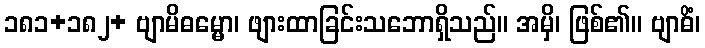
၁၈၁+၁၈၂+ ဗျာမိဓမ္မော၊ ဖျားထာခြင်းသဘောရှိသည်။ အမှိ၊ ဖြစ်၏။ ဗျာဓိံ၊